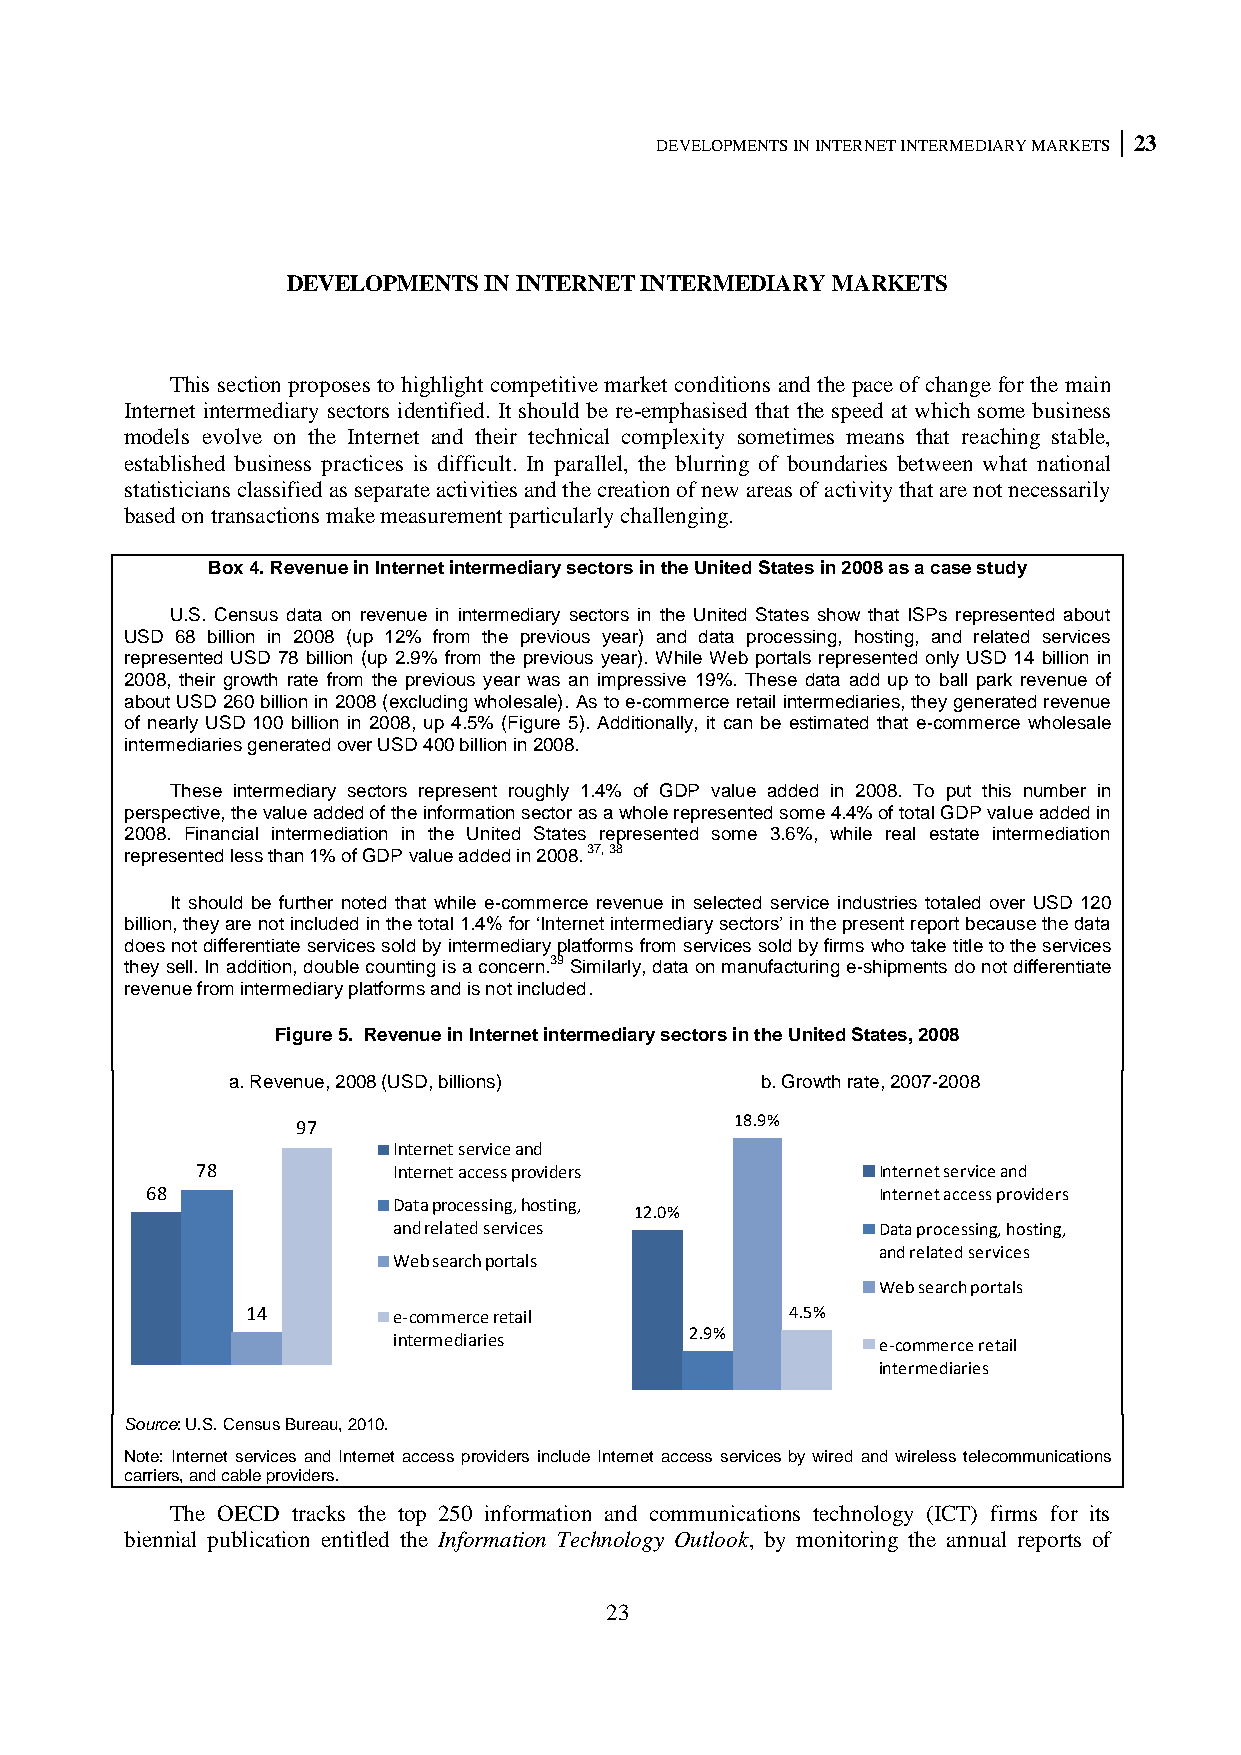
DEVELOPMENTS IN INTERNET INTERMEDIARY MARKETS 23
 DEVELOPMENTS IN INTERNET INTERMEDIARY MARKETS
 This section proposes to highlight competitive market conditions and the pace of change for the main
 Internet intermediary sectors identified. It should be re-emphasised that the speed at which some business
 models evolve on the Internet and their technical complexity sometimes means that reaching stable,
 established business practices is difficult. In parallel, the blurring of boundaries between what national
 statisticians classified as separate activities and the creation of new areas of activity that are not necessarily
 based on transactions make measurement particularly challenging.
 Box 4. Revenue in Internet intermediary sectors in the United States in 2008 as a case study
 U.S. Census data on revenue in intermediary sectors in the United States show that ISPs represented about
 USD 68 billion in 2008 (up 12% from the previous year) and data processing, hosting, and related services
 represented USD 78 billion (up 2.9% from the previous year). While Web portals represented only USD 14 billion in
 2008, their growth rate from the previous year was an impressive 19%. These data add up to ball park revenue of
 about USD 260 billion in 2008 (excluding wholesale). As to e-commerce retail intermediaries, they generated revenue
 of nearly USD 100 billion in 2008, up 4.5% (Figure 5). Additionally, it can be estimated that e-commerce wholesale
 intermediaries generated over USD 400 billion in 2008.
 These intermediary sectors represent roughly 1.4% of GDP value added in 2008. To put this number in
 perspective, the value added of the information sector as a whole represented some 4.4% of total GDP value added in
 2008. Financial intermediation in the United States represented some 3.6%, while real estate intermediation
 represented less than 1% of GDP value added in 2008. 37, 38
 It should be further noted that while e-commerce revenue in selected service industries totaled over USD 120
 billion, they are not included in the total 1.4% for „Internet intermediary sectors‟ in the present report because the data
 does not differentiate services sold by intermediary platforms from services sold by firms who take title to the services
 they sell. In addition, double counting is a concern.39 Similarly, data on manufacturing e-shipments do not differentiate
 revenue from intermediary platforms and is not included.
 Figure 5. Revenue in Internet intermediary sectors in the United States, 2008
 a. Revenue, 2008 (USD, billions)   b. Growth rate, 2007-2008
 18.9%
 97
 Internet service and
 78           Internet access providers       Internet service and
 68                                              Internet access providers
 Data processing, hosting,
 12.0%
 and related services            Data processing, hosting,
 and related services
 Web search portals
 Web search portals
 14        e-commerce retail         4.5%
 2.9%
 intermediaries                  e-commerce retail
 intermediaries
 Source: U.S. Census Bureau, 2010.
 Note: Internet services and Internet access providers include Internet access services by wired and wireless telecommunications
 carriers, and cable providers.
 The OECD tracks the top 250 information and communications technology (ICT) firms for its
 biennial publication entitled the Information Technology Outlook, by monitoring the annual reports of
 23